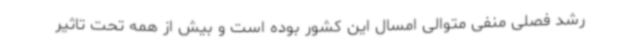
رشد فصلی منفی متوالی امسال این کشور بوده است و بیش از همه تحت تاثیر